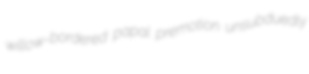
willow-bordered papal premotion unsubduedly